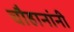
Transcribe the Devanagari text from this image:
चाैहानांनी